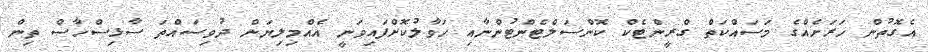
އެގޮތުން ހަރަށެއްގެ މަސައްކަތް ގްރީންޓެކް ކޮންސަލްޓެންޓުންނާއި ހަވާލުކޮށްފައިވަނީ އެއްމިލިޔަން ދުވިސައްތަ ސާޅިސްހާސް ތިން